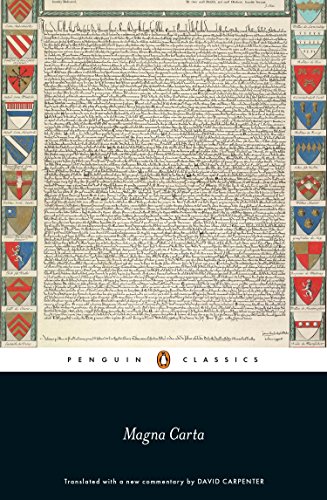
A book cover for Magna Carta (Penguin Classics); Law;